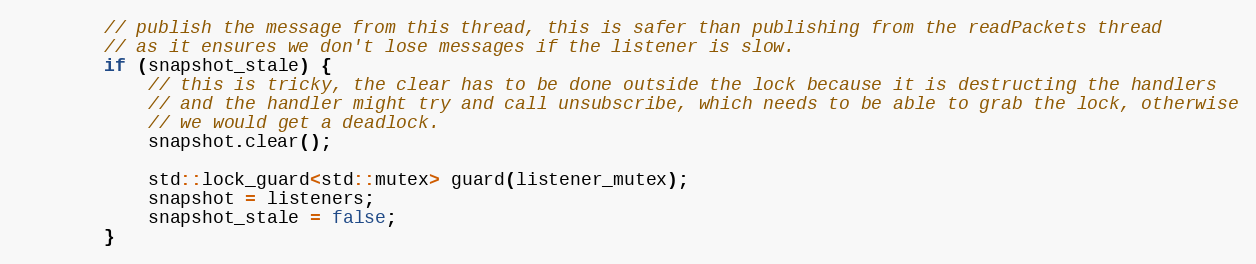
Language: C++
        // publish the message from this thread, this is safer than publishing from the readPackets thread
        // as it ensures we don't lose messages if the listener is slow.
        if (snapshot_stale) {
            // this is tricky, the clear has to be done outside the lock because it is destructing the handlers
            // and the handler might try and call unsubscribe, which needs to be able to grab the lock, otherwise
            // we would get a deadlock.
            snapshot.clear();

            std::lock_guard<std::mutex> guard(listener_mutex);
            snapshot = listeners;
            snapshot_stale = false;
        }